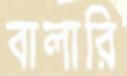
বালারি